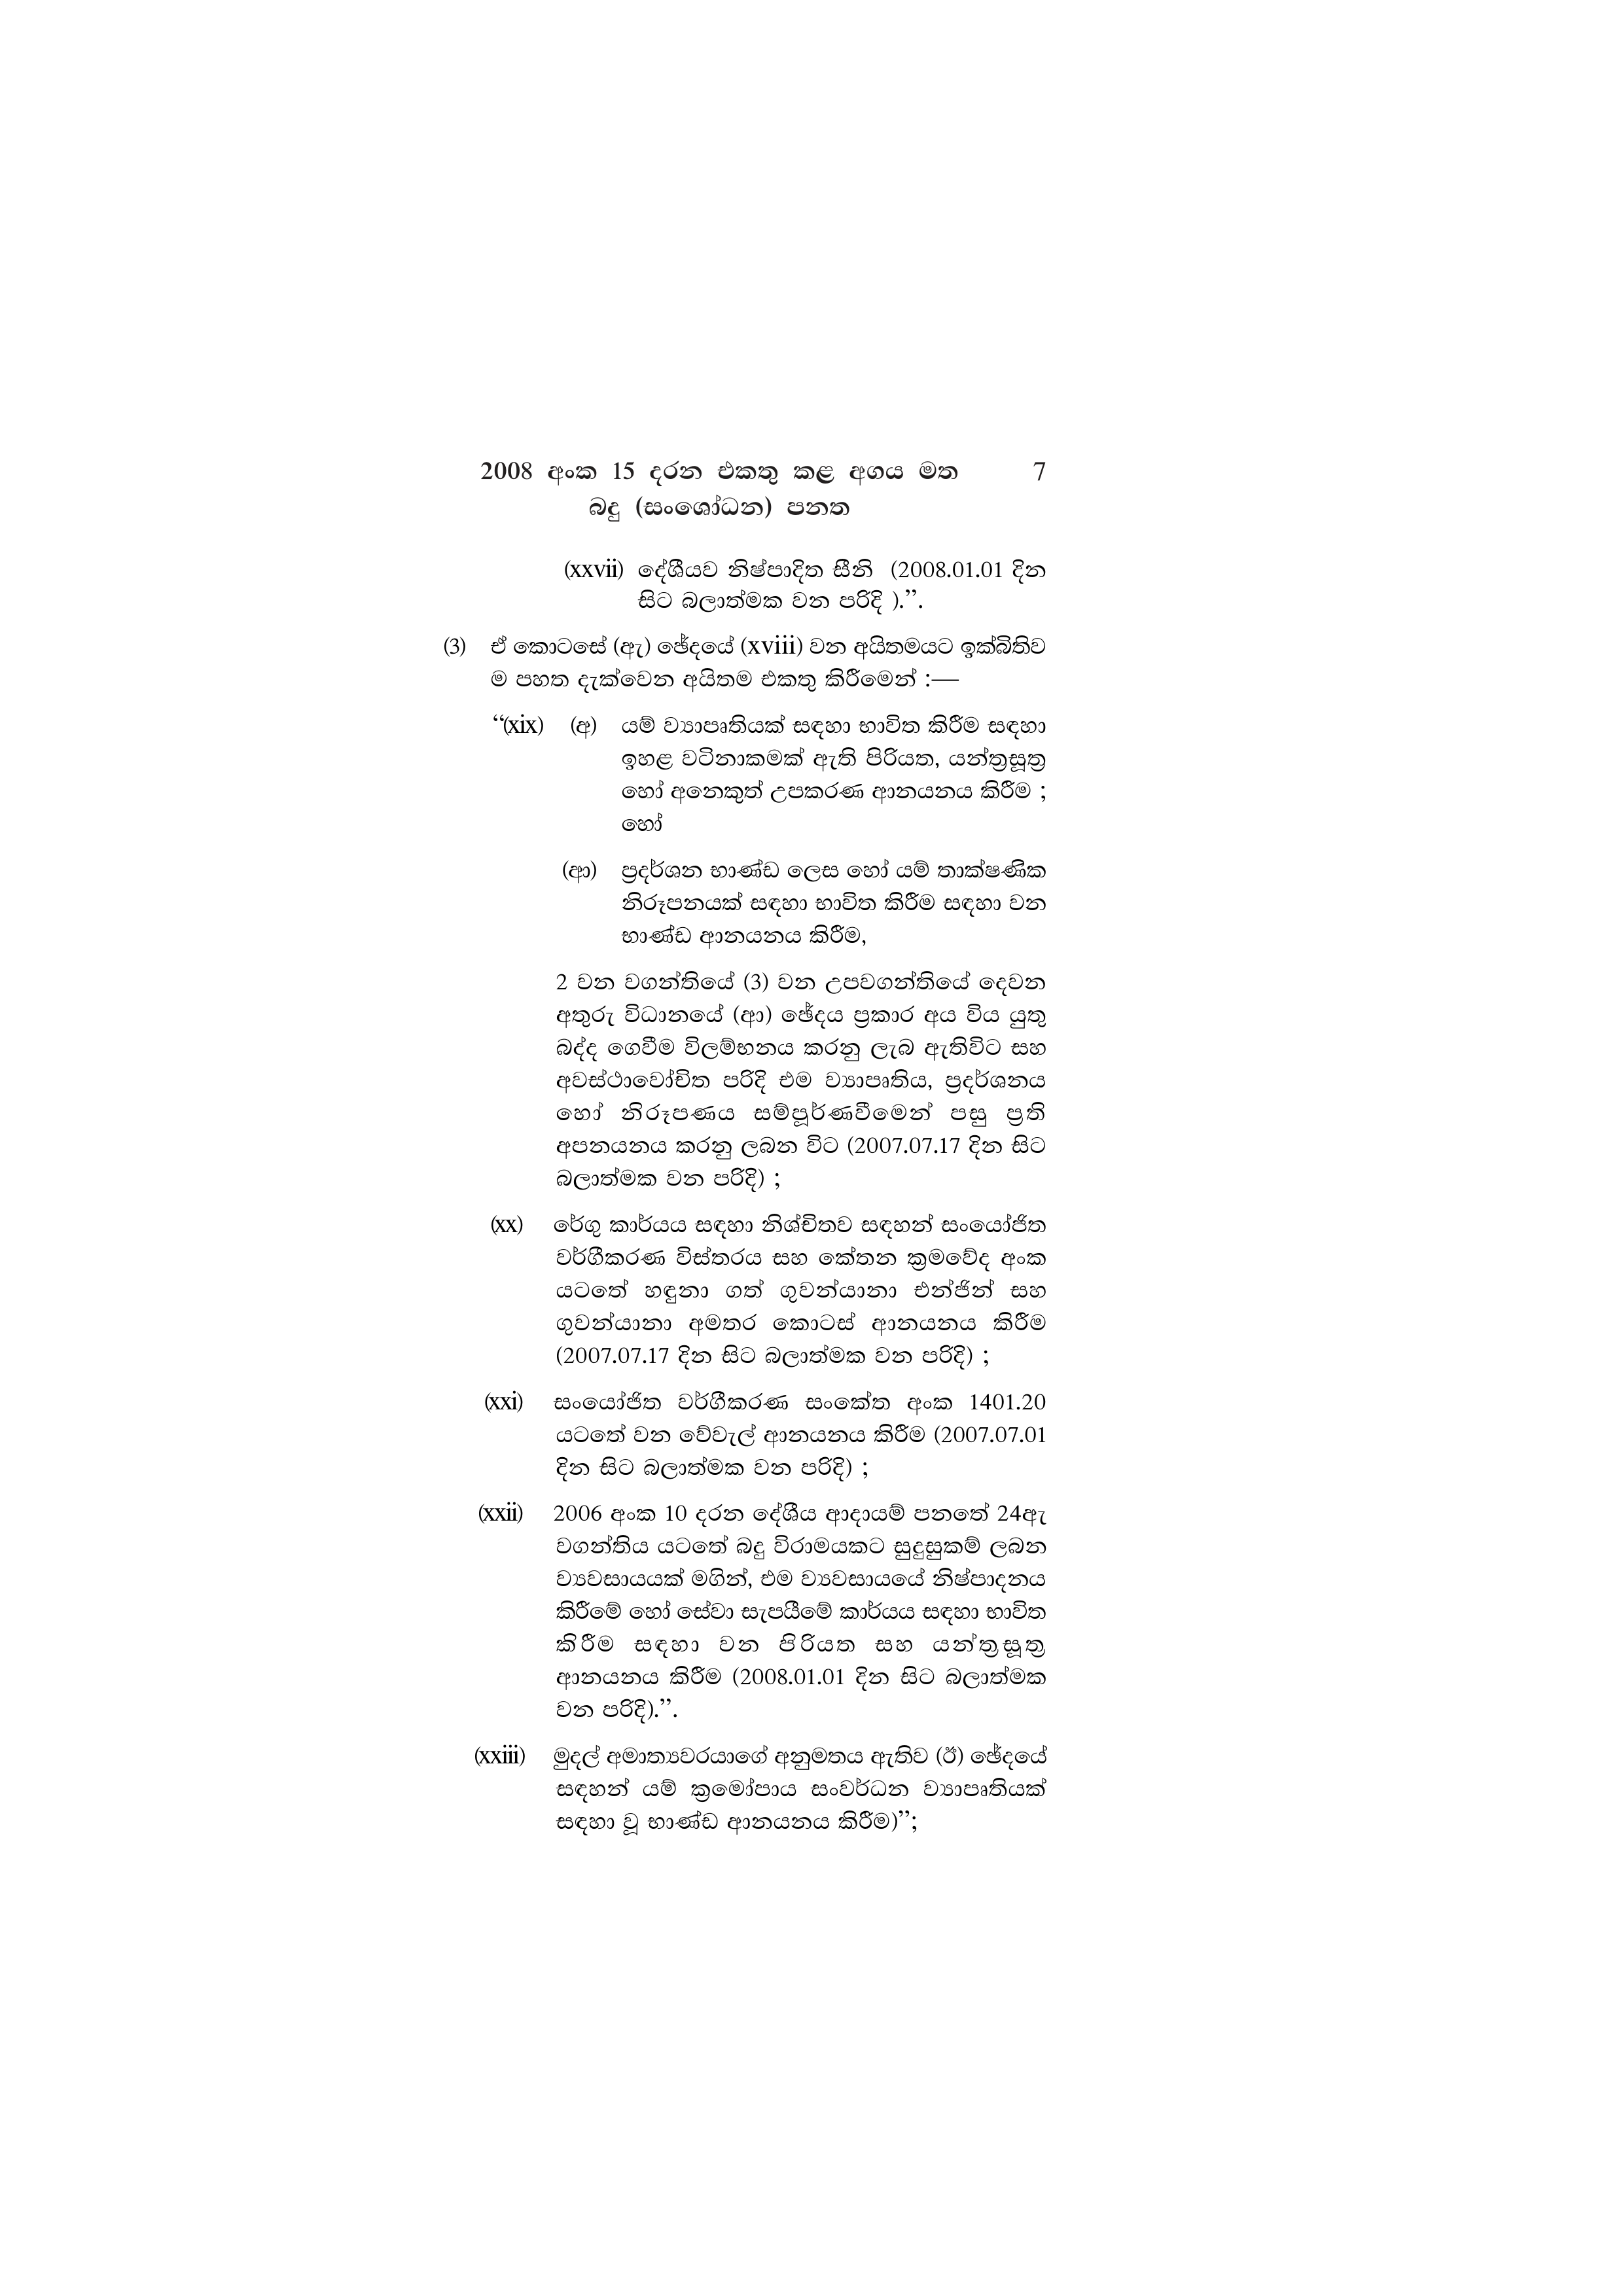
2008 අංක 15 දරන එකතු කළ අගය මත 7
බදු (සංශෝධන) පනත

(Xxvii) දේශීයව නිෂ්පාදිත සීනි (2008.01.01 දින
සිට බලාත්මක වන පරිදි ).”.

(3) ඒ කොටසේ (ඇ) ඡේදයේ (xviii) වන අයිතමයට ඉක්බිතිව
ම පහත දැක්වෙන අයිතම එකතු කිරීමෙන් :—

“(xix) (අ) යම් ව්‍යාපෘතියක් සඳහා භාවිත කිරීම සඳහා
ඉහළ වටිනාකමක් ඇති පිරියත, යන්ත්‍රසූත්‍ර
හෝ අනෙකුත් උපකරණ ආනයනය කිරීම ;
හෝ

(ආ) ප්‍රදර්ශන භාණ්ඩ ලෙස හෝ යම් තාක්ෂණික
නිරූපනයක් සඳහා භාවිත කිරීම සඳහා වන
භාණ්ඩ ආනයනය කිරීම,

2 වන වගන්තියේ (3) වන උපවගන්තියේ දෙවන
අතුරු විධානයේ (ආ) ඡේදය ප්‍රකාර අය විය යුතු
බද්ද ගෙවීම විලම්භනය කරනු ලැබ ඇතිවිට සහ
අවස්ථාවෝචිත පරිදි එම ව්‍යාපෘතිය, ප්‍රදර්ශනය
හෝ නිරූපණය සම්පූර්ණවීමෙන් පසු ප්‍රති
අපනයනය කරනු ලබන විට (2007.07.17 දින සිට
බලාත්මක වන පරිදි) ;

(xx) රේගු කාර්යය සඳහා නිශ්චිතව සඳහන් සංයෝජිත
වර්ගීකරණ විස්තරය සහ කේතන ක්‍රමවේද අංක
යටතේ හඳුනා ගත් ගුවන්යානා එන්ජින් සහ
ගුවන්යානා අමතර කොටස් ආනයනය කිරීම
(2007.07.17 දින සිට බලාත්මක වන පරිදි) ;

(xxi) සංයෝජිත වර්ගීකරණ සංකේත අංක 1401.20
යටතේ වන වේවැල් ආනයනය කිරීම (2007.07.01
දින සිට බලාත්මක වන පරිදි) ;

(xxii) 2006 අංක 10 දරන දේශීය ආදායම් පනතේ 24ඇ
වගන්තිය යටතේ බදු විරාමයකට සුදුසුකම් ලබන
ව්‍යවසායයක් මගින්, එම ව්‍යවසායයේ නිෂ්පාදනය
කිරීමේ හෝ සේවා සැපයීමේ කාර්යය සඳහා භාවිත
කිරීම සඳහා වන පිරියත සහ යන්ත්‍ර සූත්‍ර
ආනයනය කිරීම (2008.01.01 දින සිට බලාත්මක
වන පරිදි).”.

(Xxiii) මුදල් අමාත්‍යවරයාගේ අනුමතය ඇතිව (ඊ) ඡේදයේ
සඳහන් යම් ක්‍රමෝපාය සංවර්ධන ව්‍යාපෘතියක්
සඳහා වූ භාණ්ඩ ආනයනය කිරීම)”;